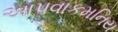
આપવાકમનિય